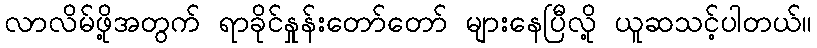
လာလိမ်ဖို့အတွက် ရာခိုင်နှုန်းတော်တော် များနေပြီလို့ ယူဆသင့်ပါတယ်။